kultuurilooline_kollektsioon, lk 17
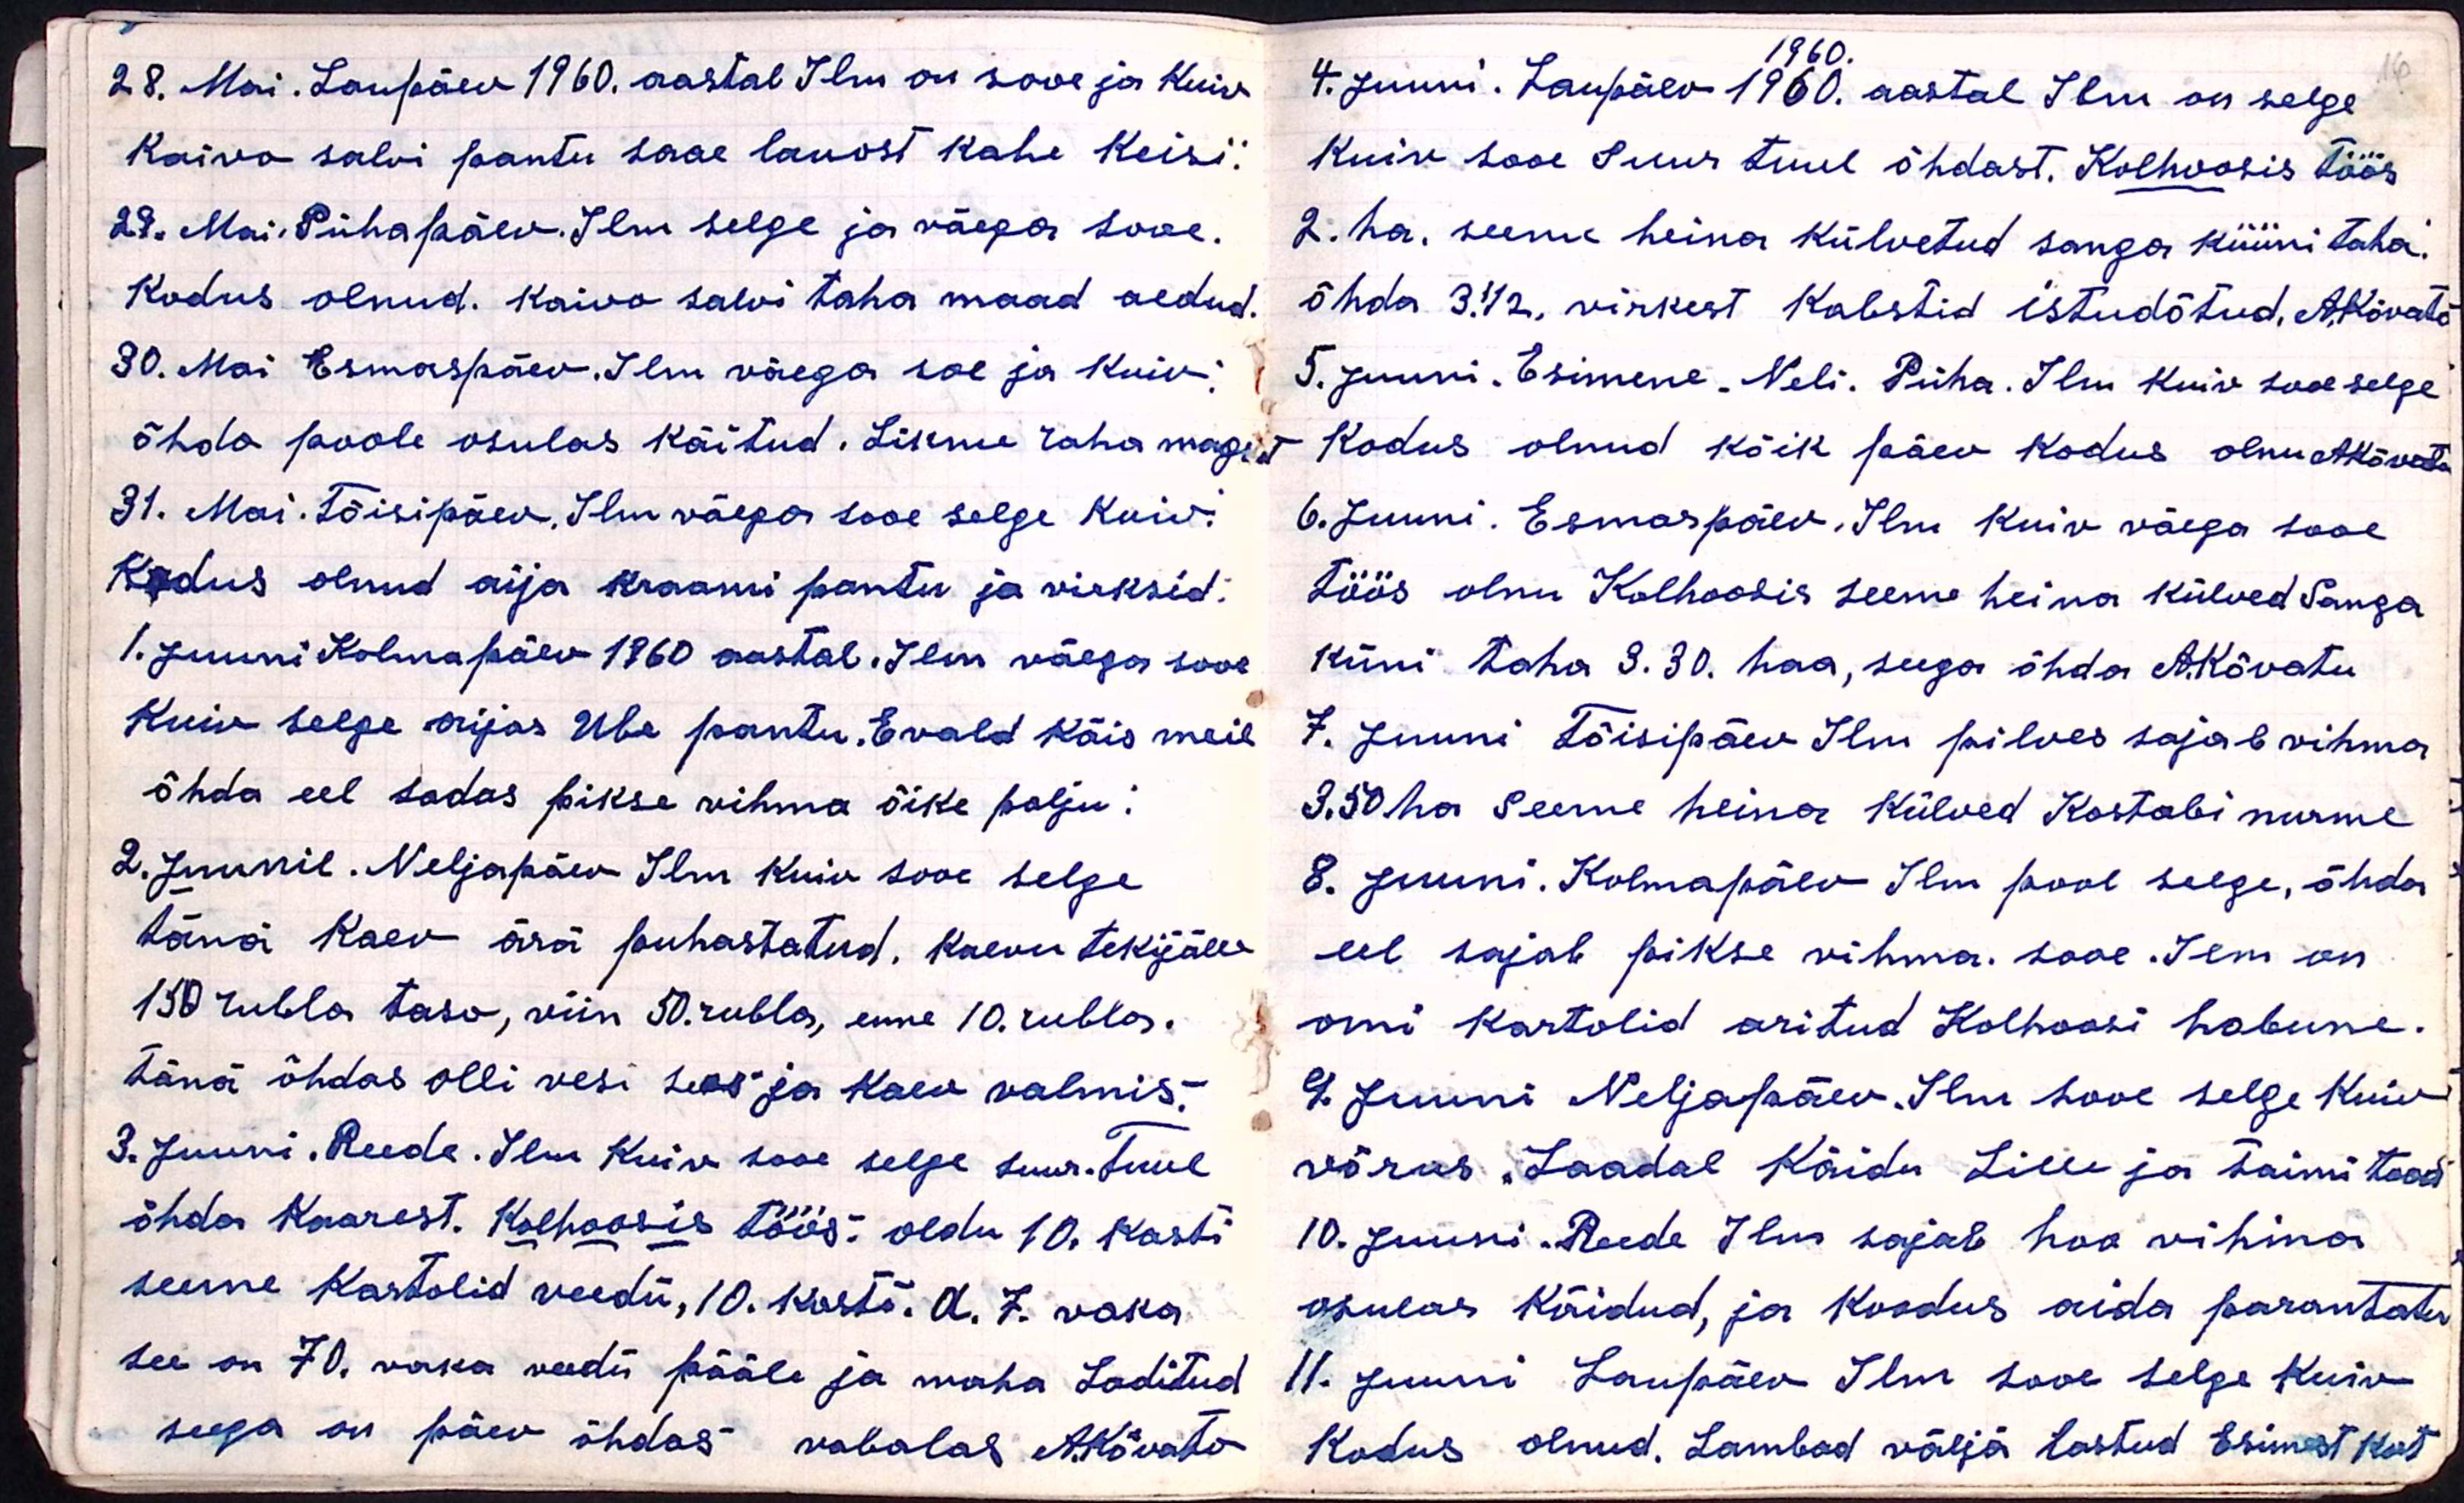
28. Mai. Laupäev 1960. aastal Ilm on sooe ja Kuiv
Kaivo salvi pantu saae lauast kahe keisi:
29. Mai Pühapäev. Ilm selge ja väega sooe.
Kodus olnud. Kaivo salvi taha maad aedud.
30. Mai Esmaspäev. Ilm väega soe ja kuiv
õhda poole osulas käitud. Likme raha magsut
31. Mai. Tõisipäev, Ilm väega sooe selge Kuiv.
Kodus olnud aija kraami pantu ja virksid.
1. Juuni Kolmapäev 1960 aastal. Ilm väega sooe
Kuiv selge aijas Ube pantu. Evald käis meil
õhda eel sadas pikse vihma õike palju:
2. Juunil. Neljapäev Ilm Kuiv sooe selge
tänä kaev ära puhastatud, kaevutekijälle
150 rubla taso, viin 50. rubla, enne 10. rubla.
tänä õhdas olli vesi sees ja kaev valmis.
3. Juuni. Reede. Ilm Kuiv sooe selge suur. tuul
õhda Kaarest. Kolhoosis töös: oldu 10. kasti
seeme kartolid veedü, 10. kasti. A. 7. vaka
see on 70. vaka veedü pääle ja maha Laditud
seega on päev õhdas vabalas AKõvato

1960.
4. Juuni. Laupäev 1960. aastal Ilm on selge
Kuiv sooe Suur tuul õhdast. Kolhoosis töös
2. ha. seeme heina külvetud sanga küüni taha
õhda 3 1/2, virkest kabstid istudõtud, AKõvato
5. Juuni. Esimene. Neli. Püha. Ilm kuiv sooe selge
Kodus olnud kõik päev kodus olnu AKõvato
6. Juuni. Esmaspäev. Ilm Kuiv väega sooe
töös olnu Kolhoosis seeme heina külved Sanga
küni taha 3.30 haa, seega õhda A.Kõvatu
7. Juuni Tõisipäev Ilm pilves sajab vihma
3.50 ha. Seeme heina külved Kostabi nurme
8. Juuni. Kolmapäev Ilm pool selge, õhda
eel sajab pikse vihma. sooe. Ilm on
omi kartolid aritud Kolhoosi hobune.
9 Juuni Neljapäev. Ilm Sooe selge kuiv
võrus Laadal Käidu Lille ja Taimi tood
10. Juuni. Reede Ilm sajab hoo vihma
osulas käidud, ja koodus aida parantatu
11. Juuni Laupäev Ilm sooe selge Kuiv
Kodus olnud, Lambad väljä lastud Esimest kort